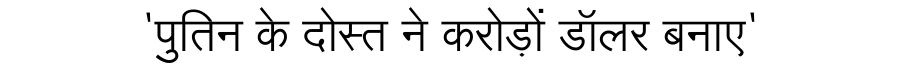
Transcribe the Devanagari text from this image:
'पुतिन के दोस्त ने करोड़ों डॉलर बनाए'